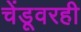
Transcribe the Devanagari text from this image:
चेंडूवरही